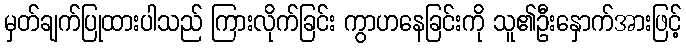
မှတ်ချက်ပြုထားပါသည် ကြားလိုက်ခြင်း ကွာဟနေခြင်းကို သူ၏ဦးနှောက်အားဖြင့်